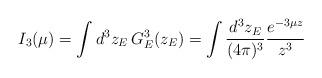
LaTeX: \begin{align*}I_3(\mu)=\int d^3 z_E \, G_E^3(z_E) = \int \frac {d^3 z_E} {(4 \pi)^3}\frac {e^{-3 \mu z}} {z^3}\end{align*}